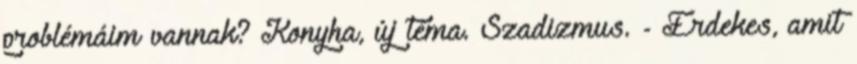
problémáim vannak? Konyha, új téma. Szadizmus. - Érdekes, amit